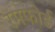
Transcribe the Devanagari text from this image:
रमफोर्ड